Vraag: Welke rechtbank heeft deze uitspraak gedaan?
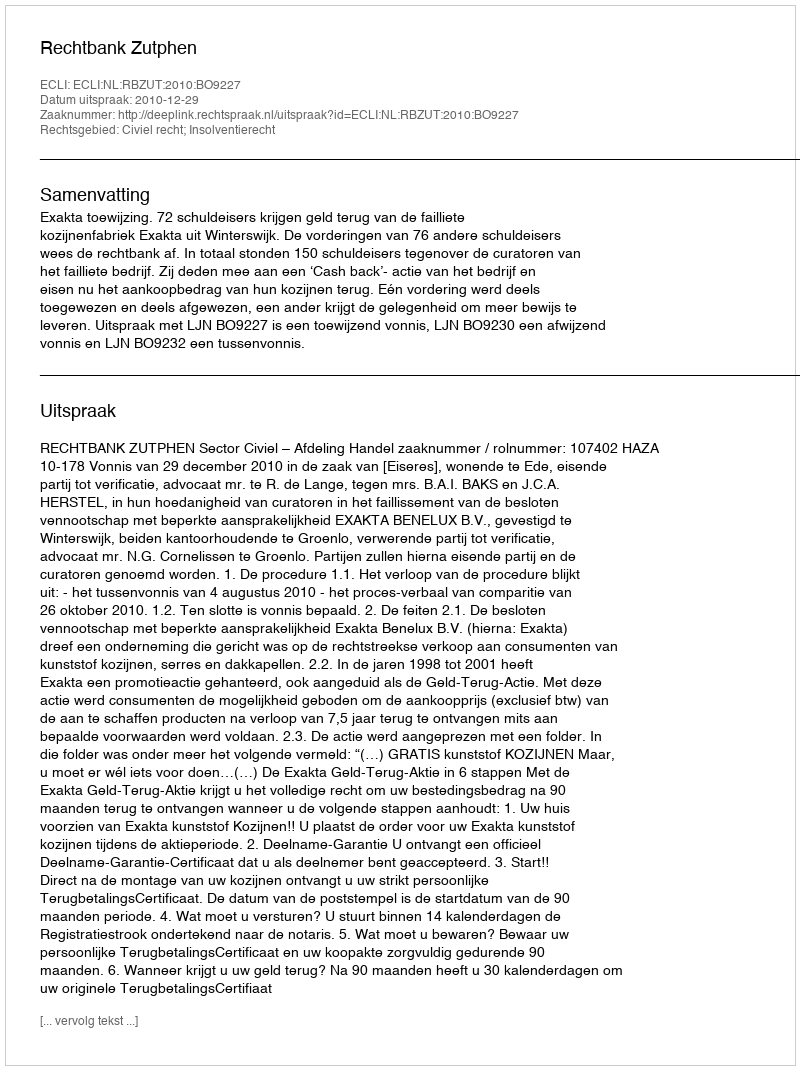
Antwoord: Rechtbank Zutphen